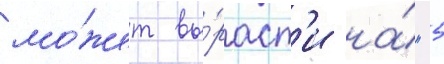
мо́жет вы́раст'и на́ "5